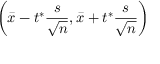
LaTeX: \left( { \bar { x } } - t ^ { * } { \frac { s } { \sqrt { n } } } , { \bar { x } } + t ^ { * } { \frac { s } { \sqrt { n } } } \right)